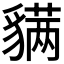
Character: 𬥊